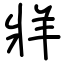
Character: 牂